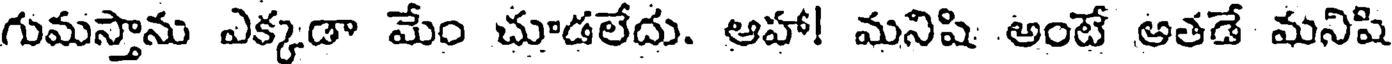
గుమస్తాను ఎక్కడా మేం చూడలేదు. ఆహా! మనిషి అంటే అతడే మనిషి